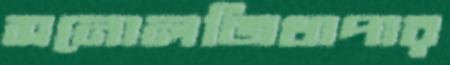
সনোলজিথাপার